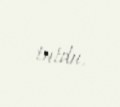
tutdu.